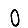
Digit: 0